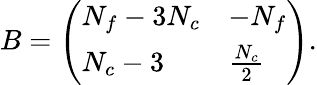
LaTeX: B=\left(\begin{array}{ll}{{N_{f}-3N_{c}}}&{{-N_{f}}}\\ {{N_{c}-3}}&{{{\frac{N_{c}}{2}}}}\end{array}\right).